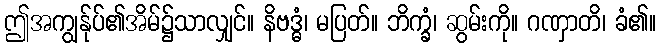
ဤအကျွန်ုပ်၏အိမ်၌သာလျှင်။ နိဗဒ္ဓံ၊ မပြတ်။ ဘိက္ခံ၊ ဆွမ်းကို။ ဂဏှာတိ၊ ခံ၏။